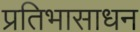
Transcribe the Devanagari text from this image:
प्रतिभासाधन